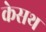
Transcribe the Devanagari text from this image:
केसथ